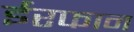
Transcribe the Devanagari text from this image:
ईरफान